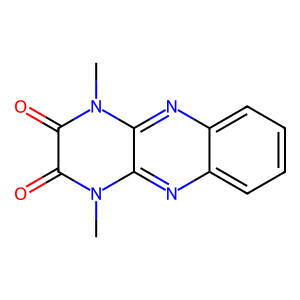
SMILES: Cn1c(=O)c(=O)n(C)c2nc3ccccc3nc21
Inhibits HIV replication: No